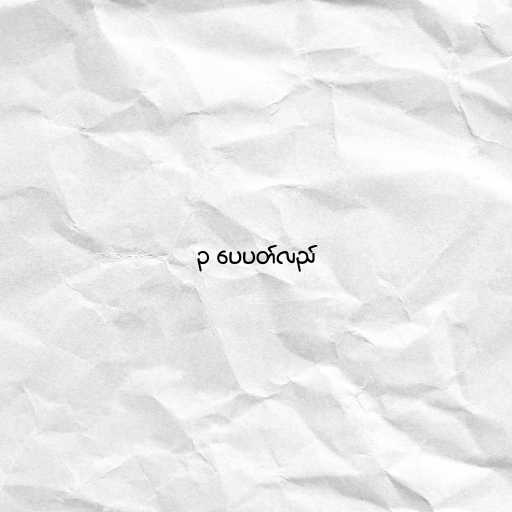
၃ ပေပတ်လည်